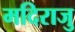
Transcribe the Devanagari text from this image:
मदिराजु